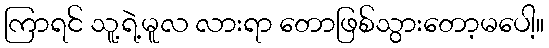
ကြာရင် သူ့ရဲ့မူလ လားရာ တောဖြစ်သွားတော့မပေါ့။